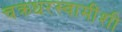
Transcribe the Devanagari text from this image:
चक्रधरस्वामींशी